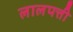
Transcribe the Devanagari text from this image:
लालपत्ती